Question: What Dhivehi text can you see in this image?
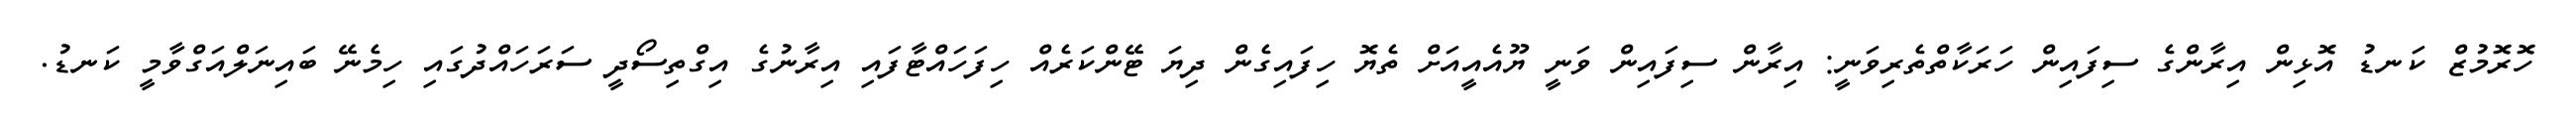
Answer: ހޮރޮމުޒް ކަނޑު އޮޅިން އިރާންގެ ސިފައިން ހަރަކާތްތެރިވަނީ: އިރާން ސިފައިން ވަނީ ޔޫއެއީއަށް ތެޔޮ ހިފައިގެން ދިޔަ ޓޭންކަރެއް ހިފަހައްޓާފައި އިރާނުގެ އިގްތިސޯދީ ސަރަހައްދުގައި ހިމެނޭ ބައިނަލްއަގްވާމީ ކަނޑު.